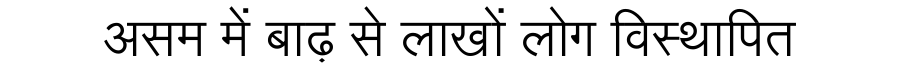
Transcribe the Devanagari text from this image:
असम में बाढ़ से लाखों लोग विस्थापित